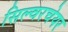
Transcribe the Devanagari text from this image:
सिल्वरचेयर